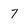
Character: 7